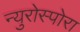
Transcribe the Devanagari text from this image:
न्युरोस्पोरा